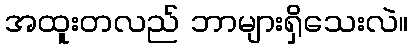
အထူးတလည် ဘာများရှိသေးလဲ။